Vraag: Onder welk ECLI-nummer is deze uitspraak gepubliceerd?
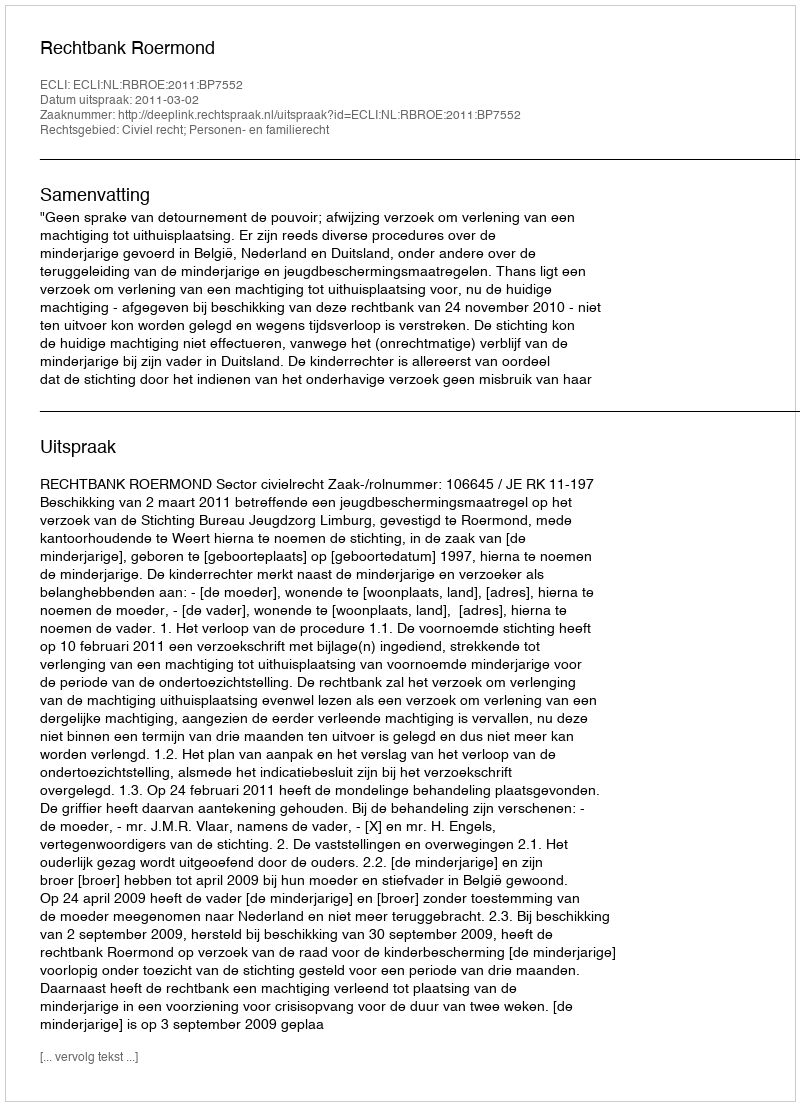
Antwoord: ECLI:NL:RBROE:2011:BP7552